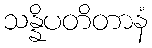
သန္နိပတိတာနံ